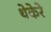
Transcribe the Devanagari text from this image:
थेकेरे